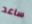
ساعد